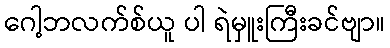
ဂေါ့ဘလက်စ်ယူ ပါ ရဲမှူးကြီးခင်ဗျာ။